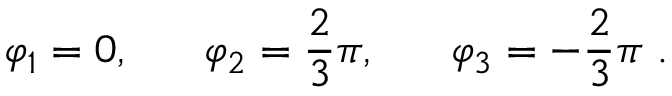
\varphi _ { 1 } = 0 , \ \ \ \ \ \varphi _ { 2 } = \frac 2 3 \pi , \ \ \ \ \ \varphi _ { 3 } = - \frac 2 3 \pi \ .